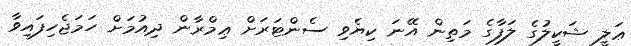
ޢަލީ ޝަކީލުގެ ލަފާގެ މަތިން އޭނަ ކިޔެވި ސެންޓަރަށް ޢިމްރާން ދިއުމަށް ހަމަޖެހިފައިވާ